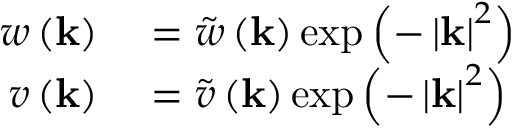
\begin{array} { r l } { w \left( \mathbf { k } \right) } & { { } = \tilde { w } \left( \mathbf { k } \right) \exp \left( - \left| \mathbf { k } \right| ^ { 2 } \right) } \\ { v \left( \mathbf { k } \right) } & { { } = \tilde { v } \left( \mathbf { k } \right) \exp \left( - \left| \mathbf { k } \right| ^ { 2 } \right) } \end{array}